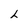
Character: L